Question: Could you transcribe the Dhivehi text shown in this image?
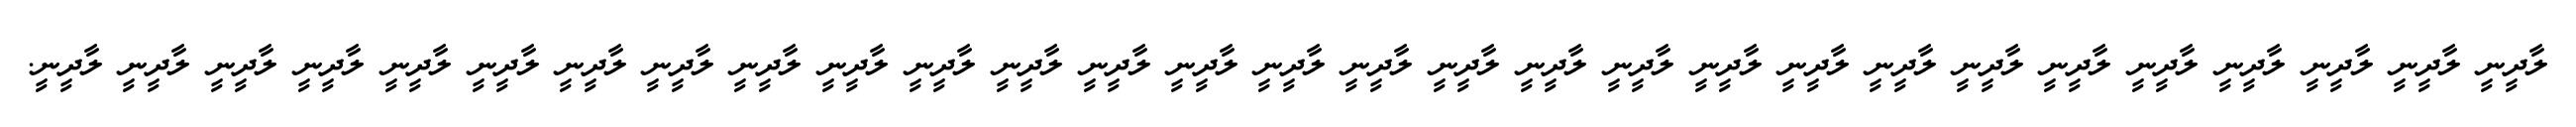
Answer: ލާދީނީ ލާދީނީ ލާދީނީ ލާދީނީ ލާދީނީ ލާދީނީ ލާދީނީ ލާދީނީ ލާދީނީ ލާދީނީ ލާދީނީ ލާދީނީ ލާދީނީ ލާދީނީ ލާދީނީ ލާދީނީ ލާދީނީ ލާދީނީ ލާދީނީ ލާދީނީ ލާދީނީ ލާދީނީ ލާދީނީ ލާދީނީ ލާދީނީ ލާދީނީ ލާދީނީ ލާދީނީ ލާދީނީ.